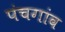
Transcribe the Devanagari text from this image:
पंचगांव